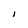
Character: I